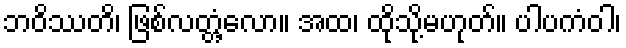
ဘဝိဿတိ၊ ဖြစ်လတ္တံ့လော။ အထ၊ ထိုသို့မဟုတ်။ ပါပကံဝါ၊